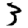
Digit: 3